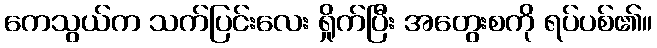
ကေသွယ်က သက်ပြင်းလေး ရှိုက်ပြီး အတွေးစကို ရပ်ပစ်၏။